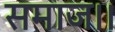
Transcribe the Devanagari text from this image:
समाज।।